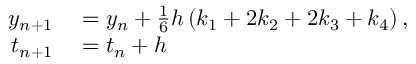
\begin{array} { r l } { y _ { n + 1 } } & { { } = y _ { n } + { \frac { 1 } { 6 } } h \left( k _ { 1 } + 2 k _ { 2 } + 2 k _ { 3 } + k _ { 4 } \right) , } \\ { t _ { n + 1 } } & { { } = t _ { n } + h } \end{array}